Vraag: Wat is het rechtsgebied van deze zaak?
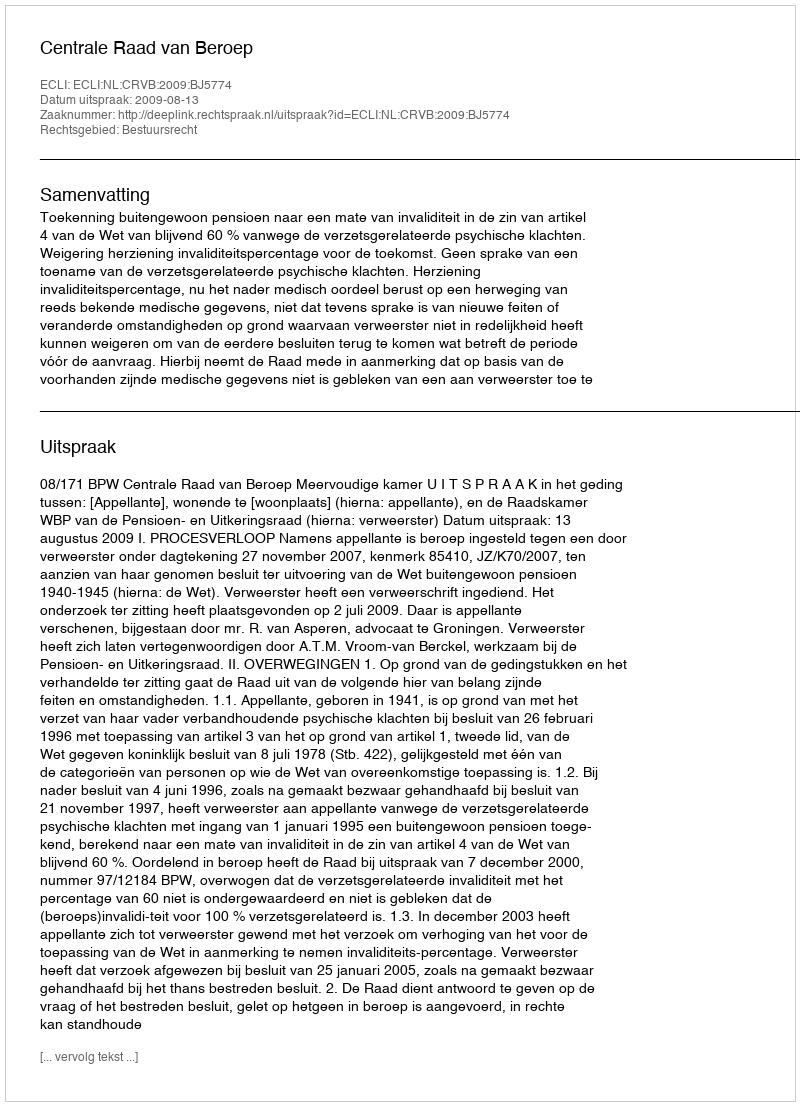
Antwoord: Bestuursrecht